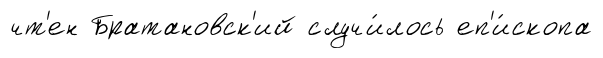
чт'ен Братановск'ий случи́лось еп'и́скопа